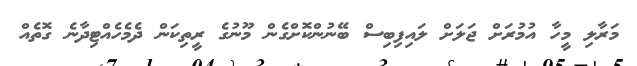
މަރާލި މީހާ އުމުރަށް ޖަލަށް ލައިފިބިސް ބޭނުންކޮށްގެން މޫނުގެ ރީތިކަން ދެމެހެއްޓިދާނެ ގޮތެއް